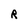
Character: R